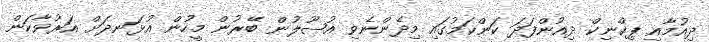
ދިއުމާއި ޕިކްނިކް ދިއުންފަދަ ކަންކަމުގައި މިދެންނެވި އުޞޫލުން ބޭރުން މީހުން އުޅަނދަށް އަރުވާކަން